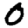
Digit: 0